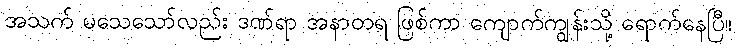
အသက် မသေသော်လည်း ဒဏ်ရာ အနာတရ ဖြစ်ကာ ကျောက်ကျွန်းသို့ ရောက်နေပြီ။